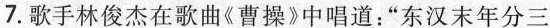
7.歌手林俊杰在歌曲《曹操》中唱道：”东汉末年分三